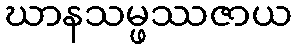
ဃာနသမ္ဖဿဇာယ